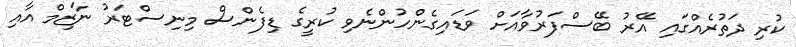
ކުރި ދަތުރެއްގައި އޭރު ބޭސްފަރުވާއަށް ވަޑައިގެންހުންނެވި ކުރީގެ ޑިފެންސް މިނިސްޓަރު ނާޒިމް އާއި